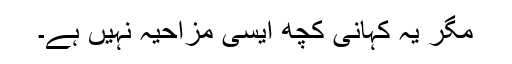
مگر یہ کہانی کچھ ایسی مزاحیہ نہیں ہے۔